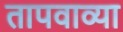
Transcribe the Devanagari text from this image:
तापवाव्या